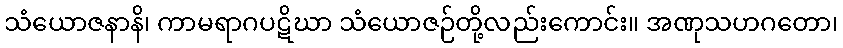
သံယောဇနာနိ၊ ကာမရာဂပဋိဃာ သံယောဇဉ်တို့လည်းကောင်း။ အဏုသဟဂတော၊